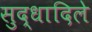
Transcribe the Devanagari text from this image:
सुद्धादिले